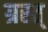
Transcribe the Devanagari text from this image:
ग्रस्त्